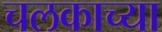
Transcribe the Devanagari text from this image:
चलकाच्या